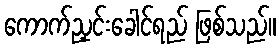
ကောက်ညှင်းခေါင်ရည် ဖြစ်သည်။